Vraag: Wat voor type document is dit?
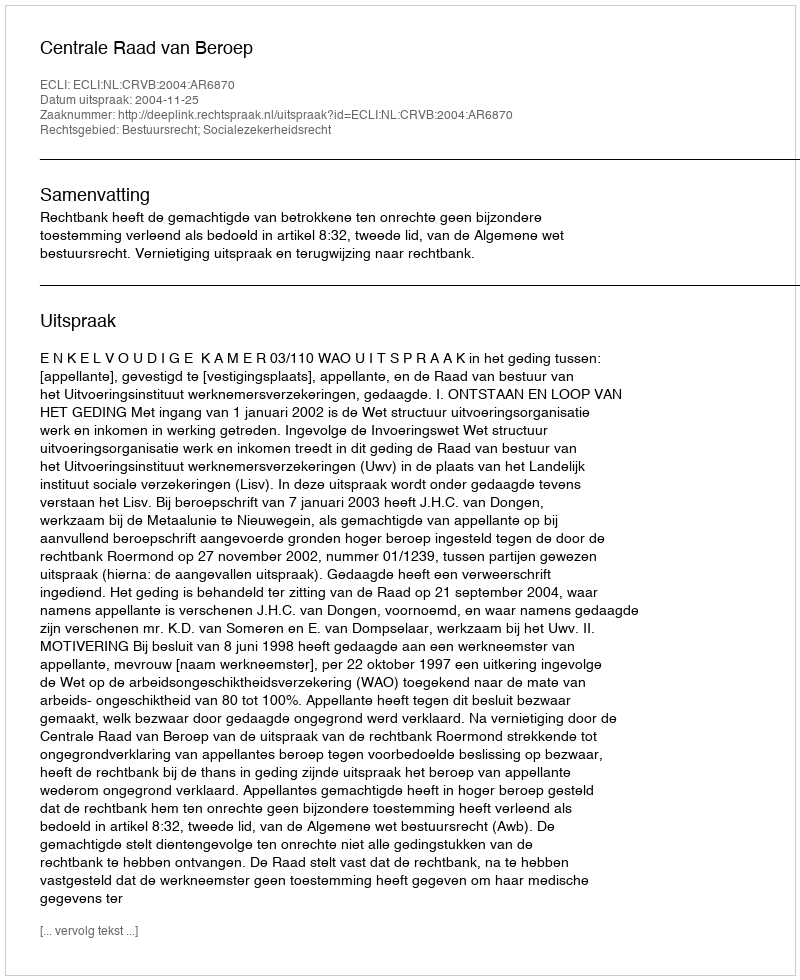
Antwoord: Uitspraak